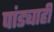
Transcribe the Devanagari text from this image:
पांड्याही